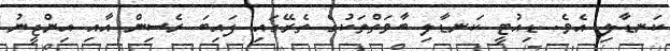
ކަނޑާލި އެވެ. ޑިއުޓީ ކަނޑާލި ބާވަތްތަކުގެ ތެރޭގައި ފައިބަ ރެސިން އާއި އިންޖީނު